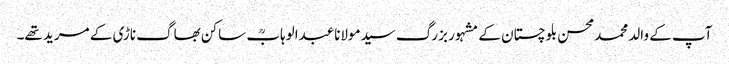
آپ کے والد محمدمحسن بلوچستان کے مشہور بزرگ سیدمولاناعبدالوہابؒ ساکن بھاگ ناڑی کے مرید تھے۔